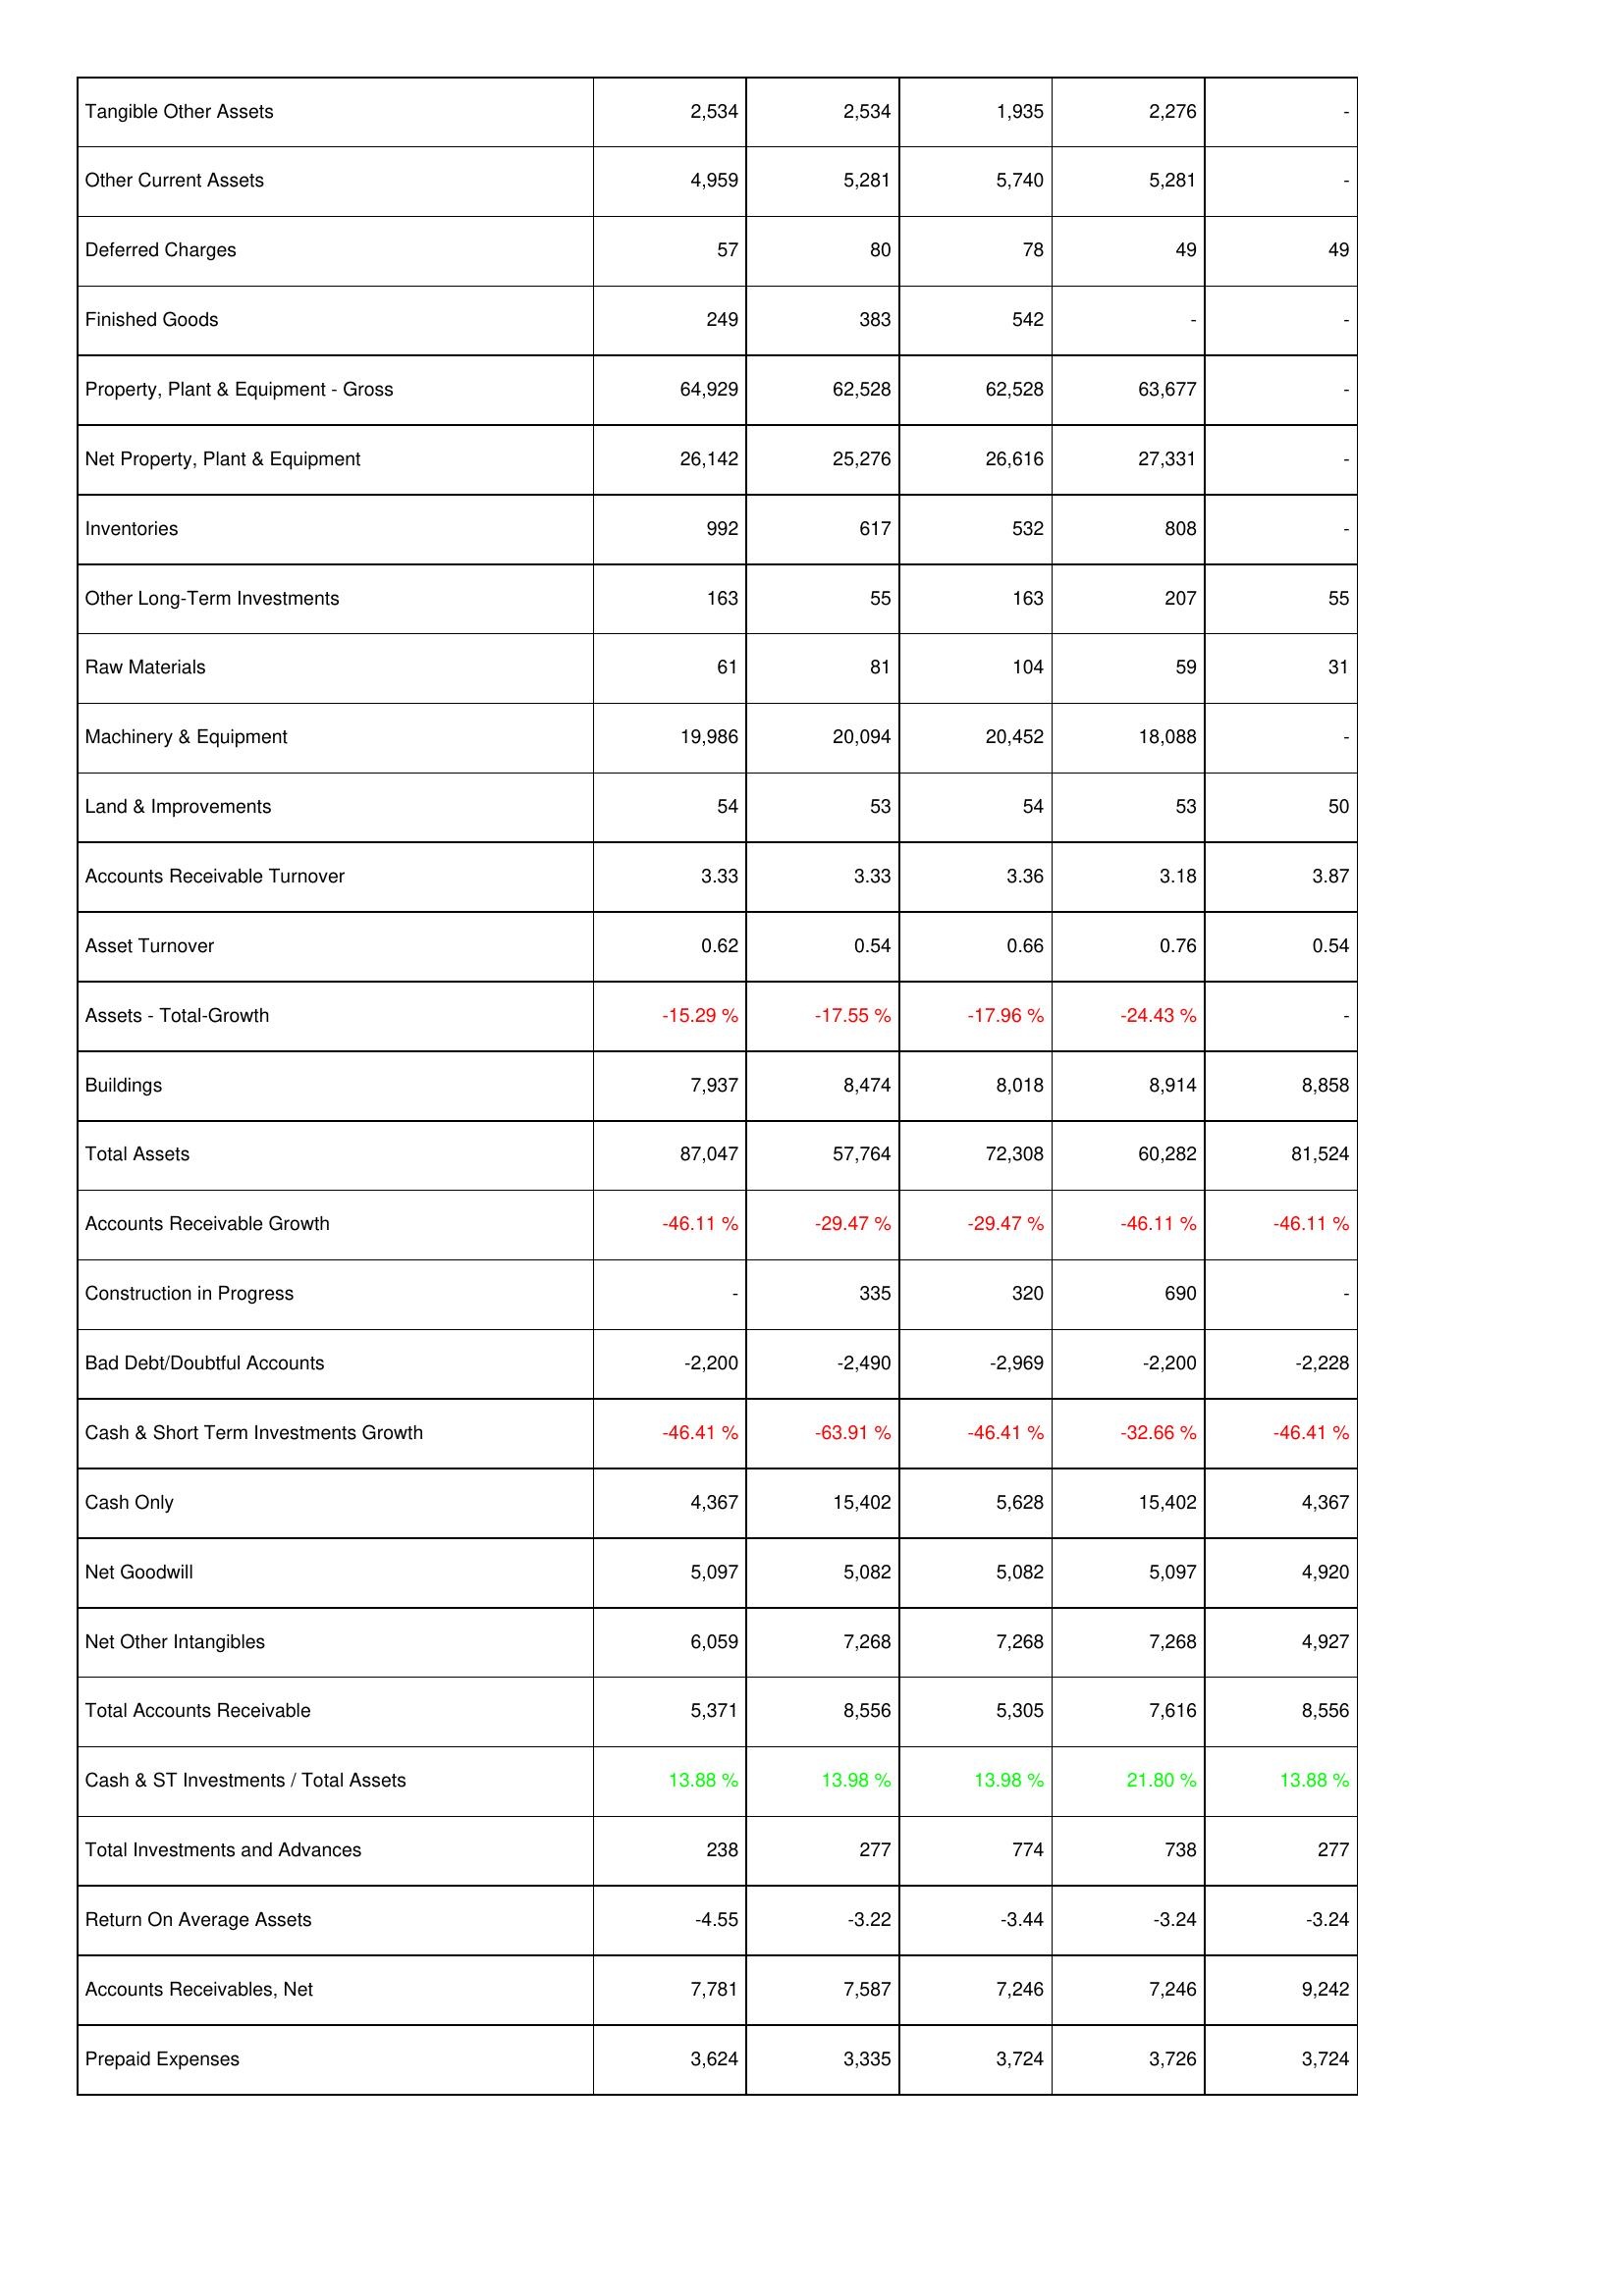
2018: Assets: Tangible Other Assets: 2,534
Other Current Assets: 4,959
Deferred Charges: 57
Finished Goods: 249
Property, Plant & Equipment - Gross: 64,929
Net Property, Plant & Equipment: 26,142
Inventories: 992
Other Long-Term Investments: 163
Raw Materials: 61
Machinery & Equipment: 19,986
Land & Improvements: 54
Accounts Receivable Turnover: 3.33
Asset Turnover: 0.62
Assets - Total-Growth: -15.29 %
Buildings: 7,937
Total Assets: 87,047
Accounts Receivable Growth: -46.11 %
Construction in Progress: -
Bad Debt/Doubtful Accounts: -2,200
Cash & Short Term Investments Growth: -46.41 %
Cash Only: 4,367
Net Goodwill: 5,097
Net Other Intangibles: 6,059
Total Accounts Receivable: 5,371
Cash & ST Investments / Total Assets: 13.88 %
Total Investments and Advances: 238
Return On Average Assets: -4.55
Accounts Receivables, Net: 7,781
Prepaid Expenses: 3,624
2017: Assets: Tangible Other Assets: 2,534
Other Current Assets: 5,281
Deferred Charges: 80
Finished Goods: 383
Property, Plant & Equipment - Gross: 62,528
Net Property, Plant & Equipment: 25,276
Inventories: 617
Other Long-Term Investments: 55
Raw Materials: 81
Machinery & Equipment: 20,094
Land & Improvements: 53
Accounts Receivable Turnover: 3.33
Asset Turnover: 0.54
Assets - Total-Growth: -17.55 %
Buildings: 8,474
Total Assets: 57,764
Accounts Receivable Growth: -29.47 %
Construction in Progress: 335
Bad Debt/Doubtful Accounts: -2,490
Cash & Short Term Investments Growth: -63.91 %
Cash Only: 15,402
Net Goodwill: 5,082
Net Other Intangibles: 7,268
Total Accounts Receivable: 8,556
Cash & ST Investments / Total Assets: 13.98 %
Total Investments and Advances: 277
Return On Average Assets: -3.22
Accounts Receivables, Net: 7,587
Prepaid Expenses: 3,335
2016: Assets: Tangible Other Assets: 1,935
Other Current Assets: 5,740
Deferred Charges: 78
Finished Goods: 542
Property, Plant & Equipment - Gross: 62,528
Net Property, Plant & Equipment: 26,616
Inventories: 532
Other Long-Term Investments: 163
Raw Materials: 104
Machinery & Equipment: 20,452
Land & Improvements: 54
Accounts Receivable Turnover: 3.36
Asset Turnover: 0.66
Assets - Total-Growth: -17.96 %
Buildings: 8,018
Total Assets: 72,308
Accounts Receivable Growth: -29.47 %
Construction in Progress: 320
Bad Debt/Doubtful Accounts: -2,969
Cash & Short Term Investments Growth: -46.41 %
Cash Only: 5,628
Net Goodwill: 5,082
Net Other Intangibles: 7,268
Total Accounts Receivable: 5,305
Cash & ST Investments / Total Assets: 13.98 %
Total Investments and Advances: 774
Return On Average Assets: -3.44
Accounts Receivables, Net: 7,246
Prepaid Expenses: 3,724
2015: Assets: Tangible Other Assets: 2,276
Other Current Assets: 5,281
Deferred Charges: 49
Finished Goods: -
Property, Plant & Equipment - Gross: 63,677
Net Property, Plant & Equipment: 27,331
Inventories: 808
Other Long-Term Investments: 207
Raw Materials: 59
Machinery & Equipment: 18,088
Land & Improvements: 53
Accounts Receivable Turnover: 3.18
Asset Turnover: 0.76
Assets - Total-Growth: -24.43 %
Buildings: 8,914
Total Assets: 60,282
Accounts Receivable Growth: -46.11 %
Construction in Progress: 690
Bad Debt/Doubtful Accounts: -2,200
Cash & Short Term Investments Growth: -32.66 %
Cash Only: 15,402
Net Goodwill: 5,097
Net Other Intangibles: 7,268
Total Accounts Receivable: 7,616
Cash & ST Investments / Total Assets: 21.80 %
Total Investments and Advances: 738
Return On Average Assets: -3.24
Accounts Receivables, Net: 7,246
Prepaid Expenses: 3,726
2014: Assets: Tangible Other Assets: -
Other Current Assets: -
Deferred Charges: 49
Finished Goods: -
Property, Plant & Equipment - Gross: -
Net Property, Plant & Equipment: -
Inventories: -
Other Long-Term Investments: 55
Raw Materials: 31
Machinery & Equipment: -
Land & Improvements: 50
Accounts Receivable Turnover: 3.87
Asset Turnover: 0.54
Assets - Total-Growth: -
Buildings: 8,858
Total Assets: 81,524
Accounts Receivable Growth: -46.11 %
Construction in Progress: -
Bad Debt/Doubtful Accounts: -2,228
Cash & Short Term Investments Growth: -46.41 %
Cash Only: 4,367
Net Goodwill: 4,920
Net Other Intangibles: 4,927
Total Accounts Receivable: 8,556
Cash & ST Investments / Total Assets: 13.88 %
Total Investments and Advances: 277
Return On Average Assets: -3.24
Accounts Receivables, Net: 9,242
Prepaid Expenses: 3,724